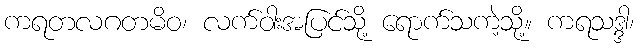
ကရတလဂတမိဝ၊ လက်ဝါးအပြင်သို့ ရောက်သကဲ့သို့။ ကရသဒ္ဒါ၊